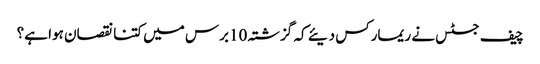
چیف جسٹس نے ریمارکس دیئے کہ گزشتہ 10برس میں کتنا نقصان ہوا ہے؟